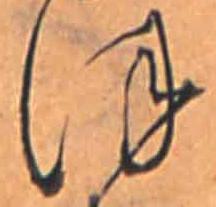
ほ